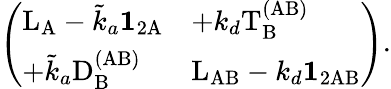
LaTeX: \left(\begin{array}{ll}{\mathrm{L}_{\mathrm{A}}-\tilde{k}_{a}\mathbf{1}_{2\mathrm A}}&{+k_{d}\mathrm{T}_{\mathrm B}^{\mathrm{(AB)}}}\\ {+\tilde{k}_{a}\mathrm{D}_{\mathrm B}^{\mathrm{(AB)}}}&{\mathrm{L}_{\mathrm{AB}}-k_{d}\mathbf{1}_{2\mathrm{AB}}}\end{array}\right).